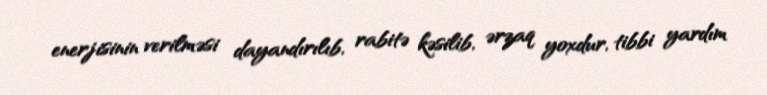
enerjisinin verilməsi dayandırılıb, rabitə kəsilib, ərzaq yoxdur, tibbi yardım